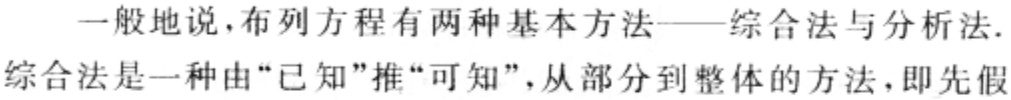
一般地说，布列方程有两种基本方法——综合法与分析法.综合法是一种由“已知”推“可知”，从部分到整体的方法，即先假